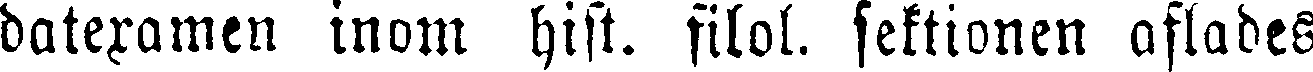
datexamen inom hist. filol. sektionen aflades